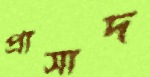
প্রাসাদ